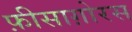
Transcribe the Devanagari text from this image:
फ़ीसाग़ोरस